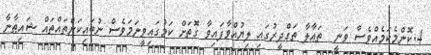
4.ކޮންމެކަމެއްވެސް ވަނީ  ތަޢާލާ ތަގްދީރުގައި ލިޔުއްވާފައިވާ ގޮތަށް ކަމުގައިވީނަމަވެސް ނުބައިކަންތައްތައް ޝައިޠާނާ